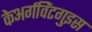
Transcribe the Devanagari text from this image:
केअर्गविंटगुइस